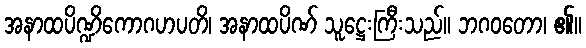
အနာထပိဏ္ဍိကောဂဟပတိ၊ အနာထပိဏ် သူဋ္ဌေးကြီးသည်။ ဘဂဝတော၊ ၏။